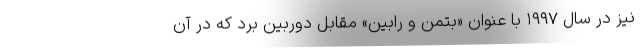
نیز در سال ۱۹۹۷ با عنوان «بتمن و رابین» مقابل دوربین برد که در آن